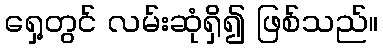
ရှေ့တွင် လမ်းဆုံရှိ၍ ဖြစ်သည်။